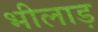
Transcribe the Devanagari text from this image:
भीलाड़